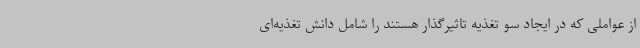
از عواملی که در ایجاد سو تغذیه تاثیرگذار هستند را شامل دانش تغذیه‌ای